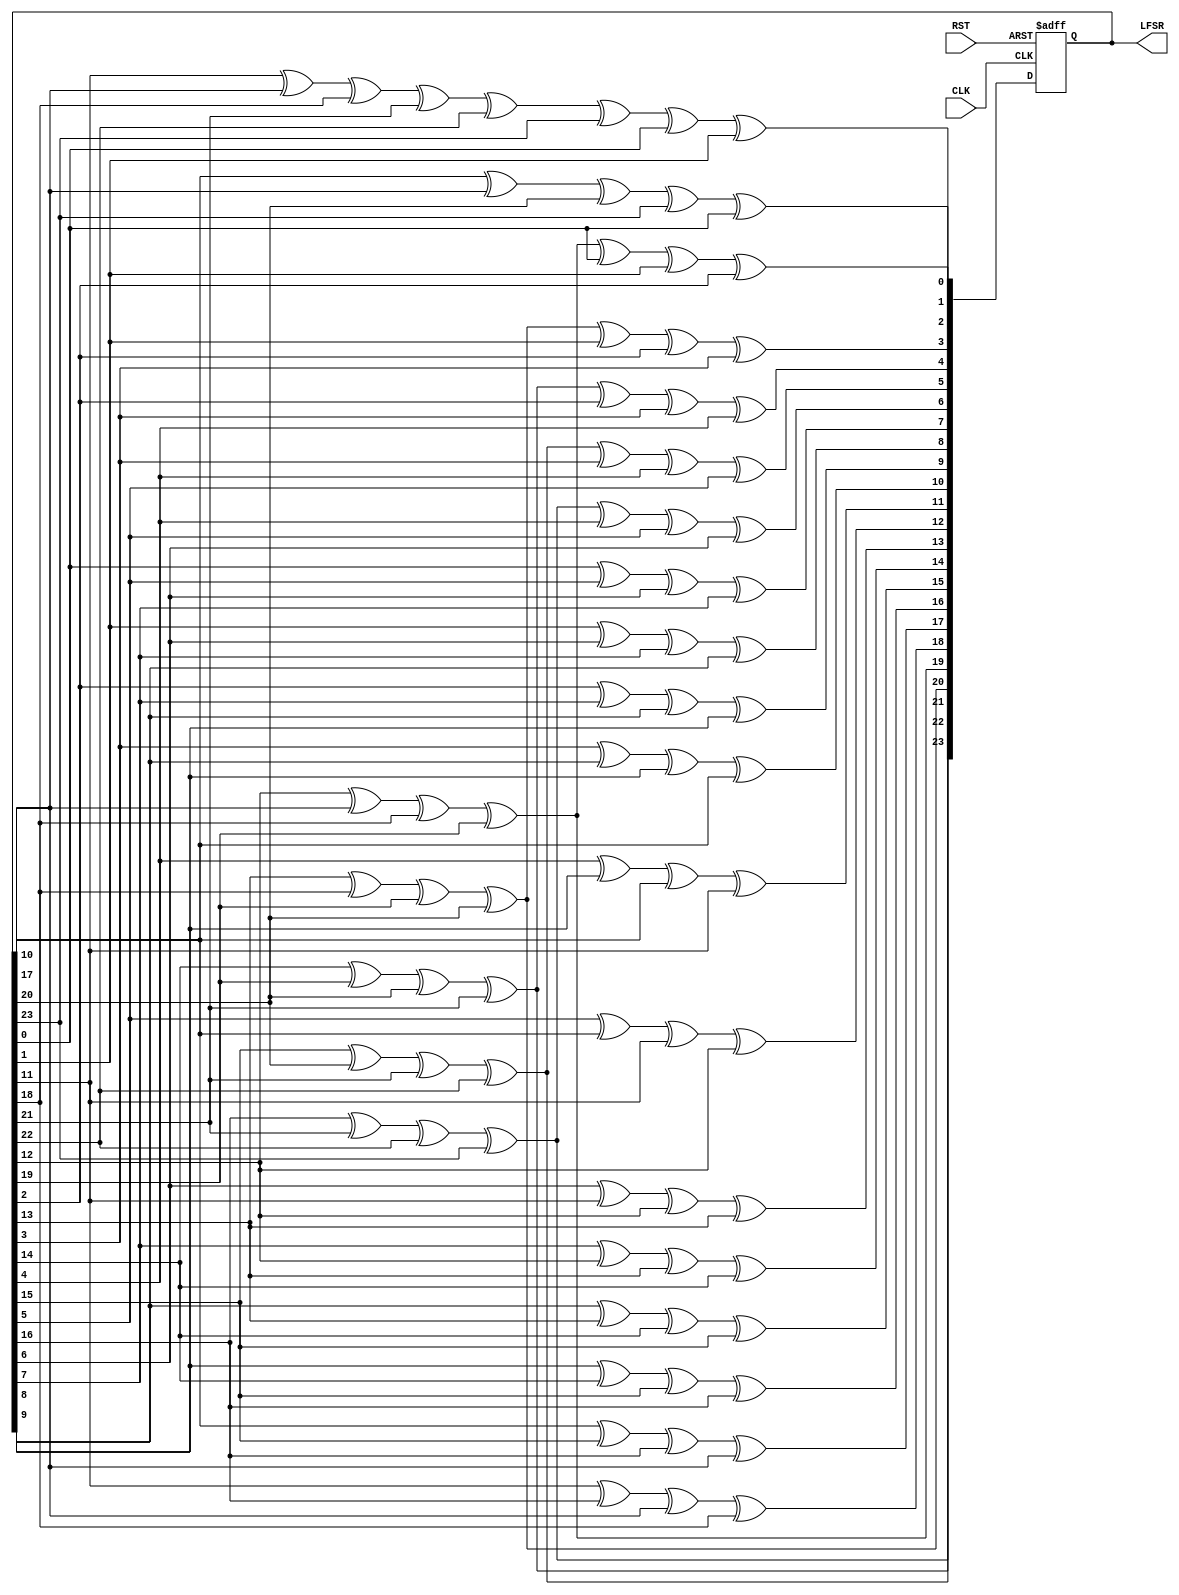

`timescale 1ns / 1ps
//////////////////////////////////////////////////////////////////////////////////
// Company: 
// Engineer: 
// 
// Design Name: 
// Module Name:    LFSR_R24 
// Project Name: 
// Target Devices: 
// Tool versions: 
// Description: 
//
// Dependencies: 
//
// Revision: 
// Revision 0.01 - File Created
// Additional Comments: 
//
//////////////////////////////////////////////////////////////////////////////////
module lfsr_R24(
    input CLK,
    input RST,
    output reg [23:0] LFSR
);
	 
parameter init_fill = 24'h4DB62E;

//
// Linear Feedback Shift Register
// [24,23,22,17] Fibonacci Implementation
//

always @(posedge CLK or posedge RST) begin
	if(RST)
		LFSR <= init_fill;
	else
	   begin
			LFSR[0]  <= LFSR[10]^LFSR[17]^LFSR[20]^LFSR[23]^LFSR[0];
			LFSR[1]  <= LFSR[11]^LFSR[17]^LFSR[18]^LFSR[21]^LFSR[22]^LFSR[23]^LFSR[0]^LFSR[1];
			LFSR[2]  <= LFSR[12]^LFSR[17]^LFSR[18]^LFSR[19]^LFSR[0]^LFSR[1]^LFSR[2];
			LFSR[3]  <= LFSR[13]^LFSR[18]^LFSR[19]^LFSR[20]^LFSR[1]^LFSR[2]^LFSR[3];
			LFSR[4]  <= LFSR[14]^LFSR[19]^LFSR[20]^LFSR[21]^LFSR[2]^LFSR[3]^LFSR[4];
			LFSR[5]  <= LFSR[15]^LFSR[20]^LFSR[21]^LFSR[22]^LFSR[3]^LFSR[4]^LFSR[5];
			LFSR[6]  <= LFSR[16]^LFSR[21]^LFSR[22]^LFSR[23]^LFSR[4]^LFSR[5]^LFSR[6];
			LFSR[7]  <= LFSR[0]^LFSR[5]^LFSR[6]^LFSR[7];
			LFSR[8]  <= LFSR[1]^LFSR[6]^LFSR[7]^LFSR[8];
			LFSR[9]  <= LFSR[2]^LFSR[7]^LFSR[8]^LFSR[9];
			LFSR[10] <= LFSR[3]^LFSR[8]^LFSR[9]^LFSR[10];
			LFSR[11] <= LFSR[4]^LFSR[9]^LFSR[10]^LFSR[11];
			LFSR[12] <= LFSR[5]^LFSR[10]^LFSR[11]^LFSR[12];
			LFSR[13] <= LFSR[6]^LFSR[11]^LFSR[12]^LFSR[13];
			LFSR[14] <= LFSR[7]^LFSR[12]^LFSR[13]^LFSR[14];
			LFSR[15] <= LFSR[8]^LFSR[13]^LFSR[14]^LFSR[15];
			LFSR[16] <= LFSR[9]^LFSR[14]^LFSR[15]^LFSR[16];
			LFSR[17] <= LFSR[10]^LFSR[15]^LFSR[16]^LFSR[17];
			LFSR[18] <= LFSR[11]^LFSR[16]^LFSR[17]^LFSR[18];
			LFSR[19] <= LFSR[12]^LFSR[17]^LFSR[18]^LFSR[19];
			LFSR[20] <= LFSR[13]^LFSR[18]^LFSR[19]^LFSR[20];
			LFSR[21] <= LFSR[14]^LFSR[19]^LFSR[20]^LFSR[21];
			LFSR[22] <= LFSR[15]^LFSR[20]^LFSR[21]^LFSR[22];
			LFSR[23] <= LFSR[16]^LFSR[21]^LFSR[22]^LFSR[23];
		end
end


endmodule